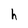
Character: h